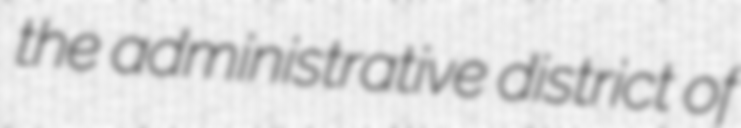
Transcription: the administrative district of